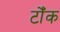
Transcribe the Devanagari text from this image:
टोँक